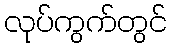
လုပ်ကွက်တွင်